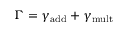
\Gamma = \gamma _ { \mathrm { a d d } } + \gamma _ { \mathrm { m u l t } }